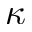
\kappa